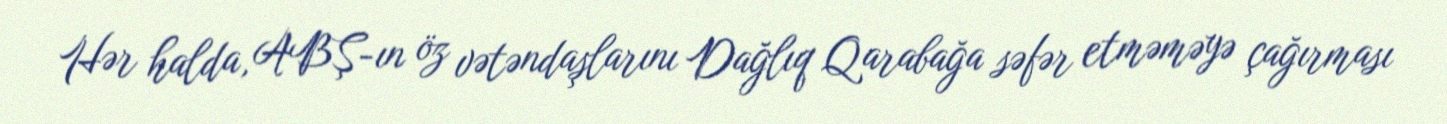
Hər halda, ABŞ-ın öz vətəndaşlarını Dağlıq Qarabağa səfər etməməyə çağırması